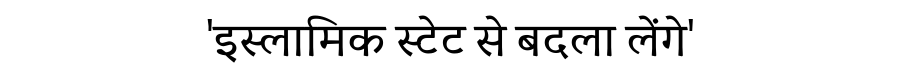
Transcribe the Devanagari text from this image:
'इस्लामिक स्टेट से बदला लेंगे'